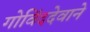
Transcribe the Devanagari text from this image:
गोविंददेवाने